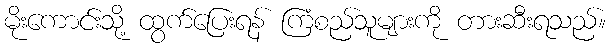
မိုးကောင်းသို့ ထွက်ပြေးရန် ကြံစည်သူများကို တားဆီးရသည်။